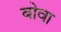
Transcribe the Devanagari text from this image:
बोवा